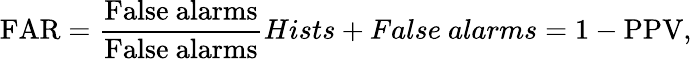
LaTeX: \mathrm{FAR}=\frac{\mathrm{False\ alarms}}{\mathrm{False\ alarms}}{Hists+False\ alarms}=1-\mathrm{PPV},